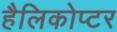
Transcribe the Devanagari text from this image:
हैलिकोप्टर